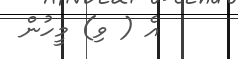
އެ ( ވި) މީހުން